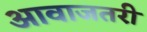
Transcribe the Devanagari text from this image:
आवाजतरी